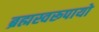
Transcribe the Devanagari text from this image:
ब्रह्मस्वरूपायो